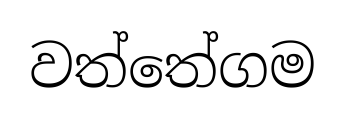
වත්තේගම